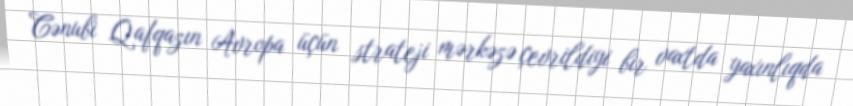
Cənubi Qafqazın Avropa üçün strateji mərkəzə çevrildiyi bir vaxtda yaxınlıqda